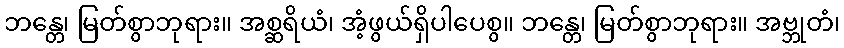
ဘန္တေ၊ မြတ်စွာဘုရား။ အစ္ဆရိယံ၊ အံ့ဖွယ်ရှိပါပေစွ။ ဘန္တေ၊ မြတ်စွာဘုရား။ အဗ္ဘုတံ၊